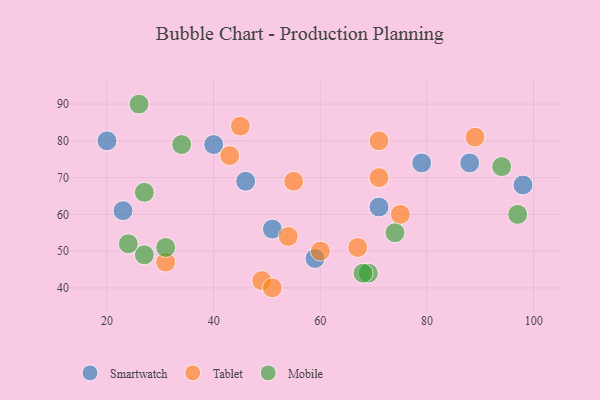
{"axis": {"x": "GDP", "y": "Life Expectancy"}, "legend": ["Mobile", "Smartwatch", "Tablet"], "data": [{"x": "23", "y": 61, "type": "Smartwatch"}, {"x": "20", "y": 80, "type": "Smartwatch"}, {"x": "98", "y": 68, "type": "Smartwatch"}, {"x": "88", "y": 74, "type": "Smartwatch"}, {"x": "51", "y": 56, "type": "Smartwatch"}, {"x": "79", "y": 74, "type": "Smartwatch"}, {"x": "59", "y": 48, "type": "Smartwatch"}, {"x": "40", "y": 79, "type": "Smartwatch"}, {"x": "46", "y": 69, "type": "Smartwatch"}, {"x": "71", "y": 62, "type": "Smartwatch"}, {"x": "45", "y": 84, "type": "Tablet"}, {"x": "43", "y": 76, "type": "Tablet"}, {"x": "75", "y": 60, "type": "Tablet"}, {"x": "49", "y": 42, "type": "Tablet"}, {"x": "67", "y": 51, "type": "Tablet"}, {"x": "60", "y": 50, "type": "Tablet"}, {"x": "54", "y": 54, "type": "Tablet"}, {"x": "31", "y": 47, "type": "Tablet"}, {"x": "71", "y": 70, "type": "Tablet"}, {"x": "55", "y": 69, "type": "Tablet"}, {"x": "89", "y": 81, "type": "Tablet"}, {"x": "51", "y": 40, "type": "Tablet"}, {"x": "71", "y": 80, "type": "Tablet"}, {"x": "94", "y": 73, "type": "Mobile"}, {"x": "74", "y": 55, "type": "Mobile"}, {"x": "97", "y": 60, "type": "Mobile"}, {"x": "31", "y": 51, "type": "Mobile"}, {"x": "26", "y": 90, "type": "Mobile"}, {"x": "27", "y": 66, "type": "Mobile"}, {"x": "69", "y": 44, "type": "Mobile"}, {"x": "34", "y": 79, "type": "Mobile"}, {"x": "68", "y": 44, "type": "Mobile"}, {"x": "27", "y": 49, "type": "Mobile"}, {"x": "24", "y": 52, "type": "Mobile"}]}